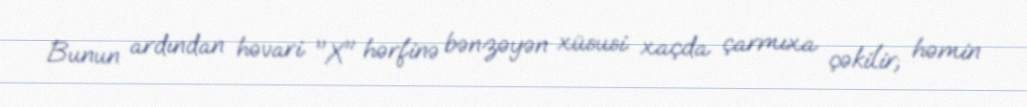
Bunun ardından həvari "X" hərfinə bənzəyən xüsusi xaçda çarmıxa çəkilir; həmin